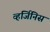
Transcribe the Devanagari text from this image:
व्हर्जिनिस